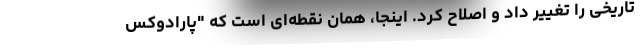
تاریخی را تغییر داد و اصلاح کرد. اینجا، همان نقطه‌ای است که "پارادوکس